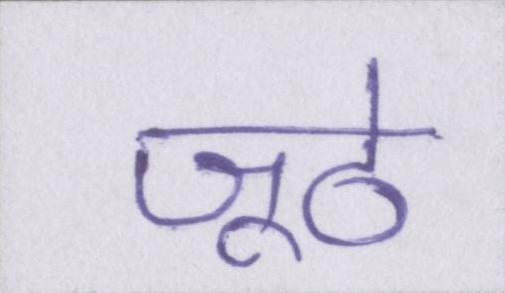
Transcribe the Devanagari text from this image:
जूठे